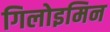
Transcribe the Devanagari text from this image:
गिलोइमिन